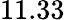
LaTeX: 11.33